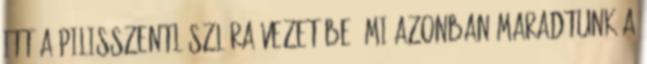
Itt a Pilisszentlászlóra vezet be, mi azonban maradtunk a